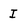
Character: I